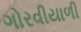
ગોરવીયાળી